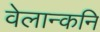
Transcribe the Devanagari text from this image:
वेलान्कनि